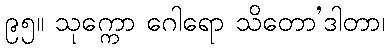
၉၅။ သုက္ကော ဂေါရော သိတော’ဒါတာ၊